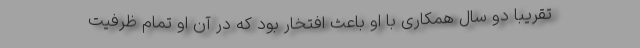
تقریباً دو سال همکاری با او باعث افتخار بود که در آن او تمام ظرفیت